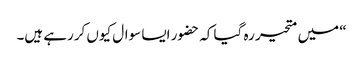
“ میں متحیر رہ گیا کہ حضور ایسا سوال کیوں کررہے ہیں۔